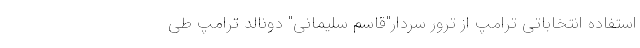
استفاده انتخاباتی ترامپ از ترور سردار"قاسم سلیمانی" دونالد ترامپ طی